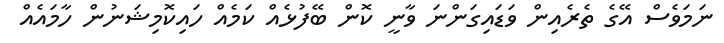
ނަމަވެސް އޭގެ ތެރެއިން ވަޑައިގަންނަ ވާނީ ކޮން ބޭފުޅެއް ކަމެއް ހައިކޮމިޝަނުން ހާމައެއް